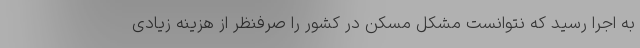
به اجرا رسید که نتوانست مشکل مسکن در کشور را صرفنظر از هزینه زیادی